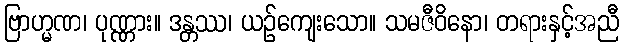
ဗြာဟ္မဏ၊ ပုဏ္ဏား။ ဒန္တဿ၊ ယဉ်ကျေးသော။ သမဇီဝိနော၊ တရားနှင့်အညီ